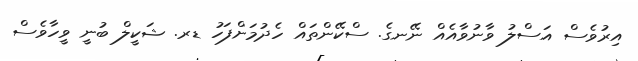
އިރުވެސް އަސްލު ވާނުވާއެއް ނޭނގެ. ސްކޭންތައް ހެދުމަށްފަހު ޑރ. ޝަކީލް ބުނީ ވީހާވެސް